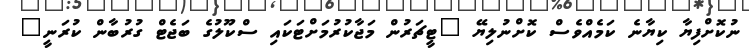
ނުކޮށްފިޔާ ކިޔާނެ ކަމެއްވެސް ކޮށްނުލިޔޭ "ޓީޗަރުން މަޖާކުރުމަށްޓަކައި ސްކޫލުގެ ބަޖެޓް ގުރުބާން ކުރަނީ"